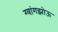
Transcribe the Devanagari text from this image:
ग्वांगझोऊ